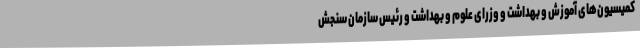
کمیسیون‌های آموزش و بهداشت و وزرای علوم و بهداشت و رئیس سازمان سنجش